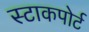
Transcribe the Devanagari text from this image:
स्टाकपोर्ट